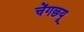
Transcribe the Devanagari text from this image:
चेंगछ्यू